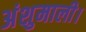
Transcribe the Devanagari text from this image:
अंशुमाली।